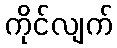
ကိုင်လျက်